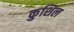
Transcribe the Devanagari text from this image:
कुशिल